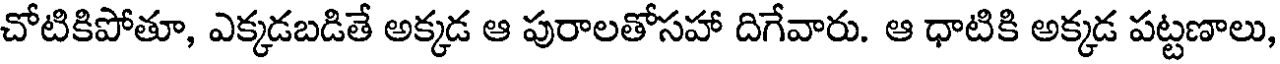
చోటికిపోతూ, ఎక్కడబడితే అక్కడ ఆ పురాలతోసహా దిగేవారు. ఆ ధాటికి అక్కడ పట్టణాలు,